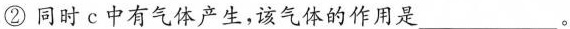
②同时c中有气体产生，该气体的作用是___。